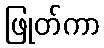
ဖြုတ်ကာ